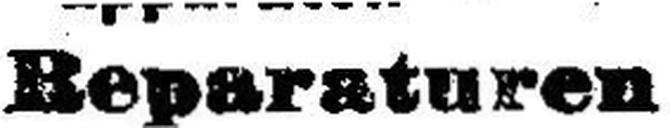
Reparaturen